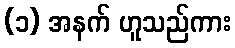
(၁) အနက် ဟူသည်ကား